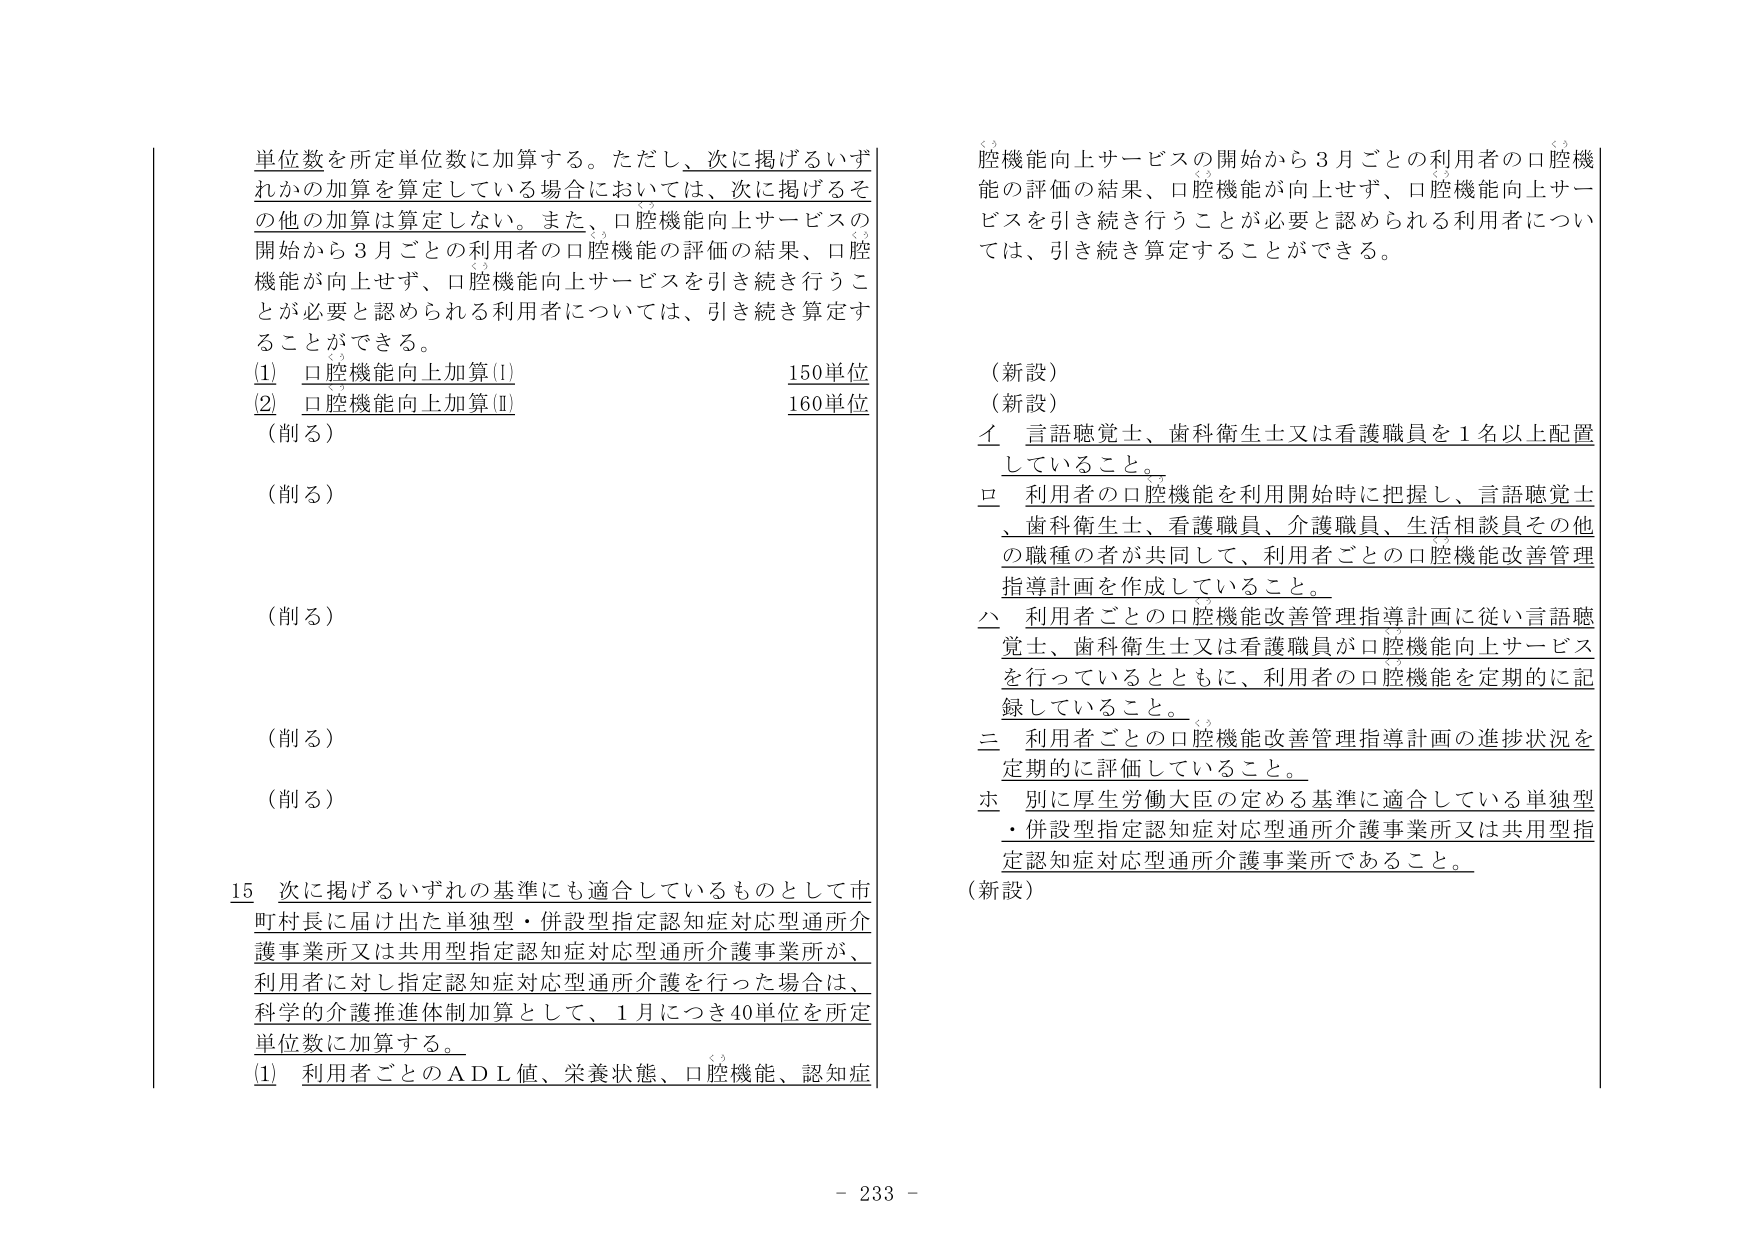
単位数を所定単位数に加算する。ただし、次に掲げるいずれかの加算を算定している場合においては、次に掲げるその他の加算は算定しない。また、口腔機能向上サービスの開始から３月ごとの利用者の口腔機能の評価の結果、口腔機能が向上せず、口腔機能向上サービスを引き続き行うことが必要と認められる利用者については、引き続き算定することができる。

(1) 口腔機能向上加算(Ⅰ) 150単位
(2) 口腔機能向上加算(Ⅱ) 160単位
（削る）
（削る）
（削る）
（削る）
（削る）

15 次に掲げるいずれの基準にも適合しているものとして市町村長に届け出た単独型・併設型指定認知症対応型通所介護事業所又は共用型指定認知症対応型通所介護事業所が、利用者に対し指定認知症対応型通所介護を行った場合は、科学的介護推進体制加算として、１月につき40単位を所定単位数に加算する。
(1) 利用者ごとのＡＤＬ値、栄養状態、口腔機能、認知症

口腔機能向上サービスの開始から３月ごとの利用者の口腔機能の評価の結果、口腔機能が向上せず、口腔機能向上サービスを引き続き行うことが必要と認められる利用者については、引き続き算定することができる。

（新設）
（新設）
イ 言語聴覚士、歯科衛生士又は看護職員を１名以上配置していること。
ロ 利用者の口腔機能を利用開始時に把握し、言語聴覚士、歯科衛生士、看護職員、介護職員、生活相談員その他の職種の者が共同して、利用者ごとの口腔機能改善管理指導計画を作成していること。
ハ 利用者ごとの口腔機能改善管理指導計画に従い言語聴覚士、歯科衛生士又は看護職員が口腔機能向上サービスを行っているとともに、利用者の口腔機能を定期的に記録していること。
ニ 利用者ごとの口腔機能改善管理指導計画の進捗状況を定期的に評価していること。
ホ 別に厚生労働大臣の定める基準に適合している単独型・併設型指定認知症対応型通所介護事業所又は共用型指定認知症対応型通所介護事業所であること。
（新設）

- 233 -